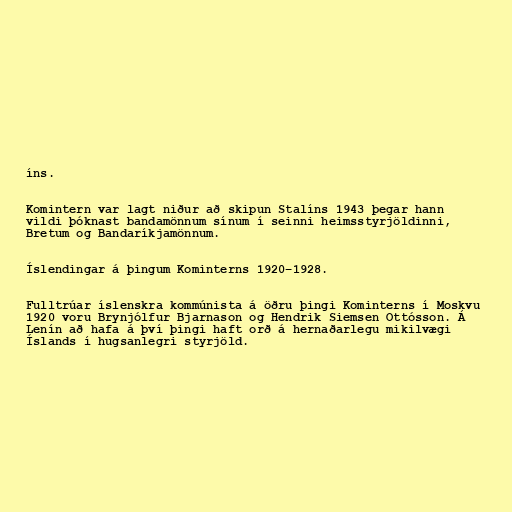
íns.

Komintern var lagt niður að skipun Stalíns 1943 þegar hann
vildi þóknast bandamönnum sínum í seinni heimsstyrjöldinni,
Bretum og Bandaríkjamönnum.

Íslendingar á þingum Kominterns 1920–1928.

Fulltrúar íslenskra kommúnista á öðru þingi Kominterns í Moskvu
1920 voru Brynjólfur Bjarnason og Hendrik Siemsen Ottósson. Á
Lenín að hafa á því þingi haft orð á hernaðarlegu mikilvægi
Íslands í hugsanlegri styrjöld.